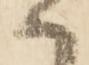
ハ